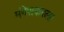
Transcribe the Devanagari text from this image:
मंगेशकरला